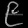
Digit: ၉